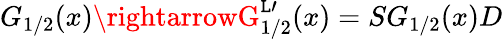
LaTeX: G_{1/2}(x)\rightarrowG_{1/2}^{\mathtt{L}\prime}(x)=SG_{1/2}(x)D